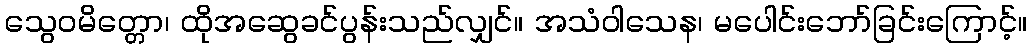
သွေဝမိတ္တော၊ ထိုအဆွေခင်ပွန်းသည်လျှင်။ အသံဝါသေန၊ မပေါင်းဘော်ခြင်းကြောင့်။